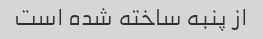
از پنبه ساخته شده است